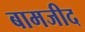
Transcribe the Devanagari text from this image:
बामजीद